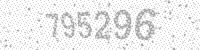
Solution: 795296